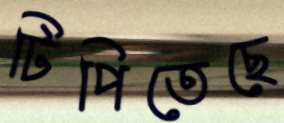
টিপিতেছে